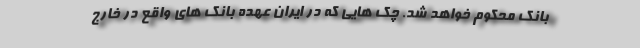
بانک محکوم خواهد شد. چک هایی که در ایران عهده بانک های واقع در خارج